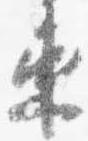
束